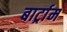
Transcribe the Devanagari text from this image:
बार्ट्राम